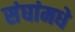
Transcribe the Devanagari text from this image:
संघांमधे